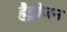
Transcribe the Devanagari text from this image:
हैड्रोजन